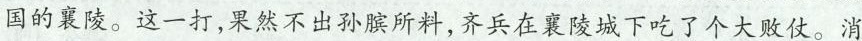
国的襄陵。这一打，果然不出孙膑所料，齐兵在襄陵城下吃了个大败仗。消